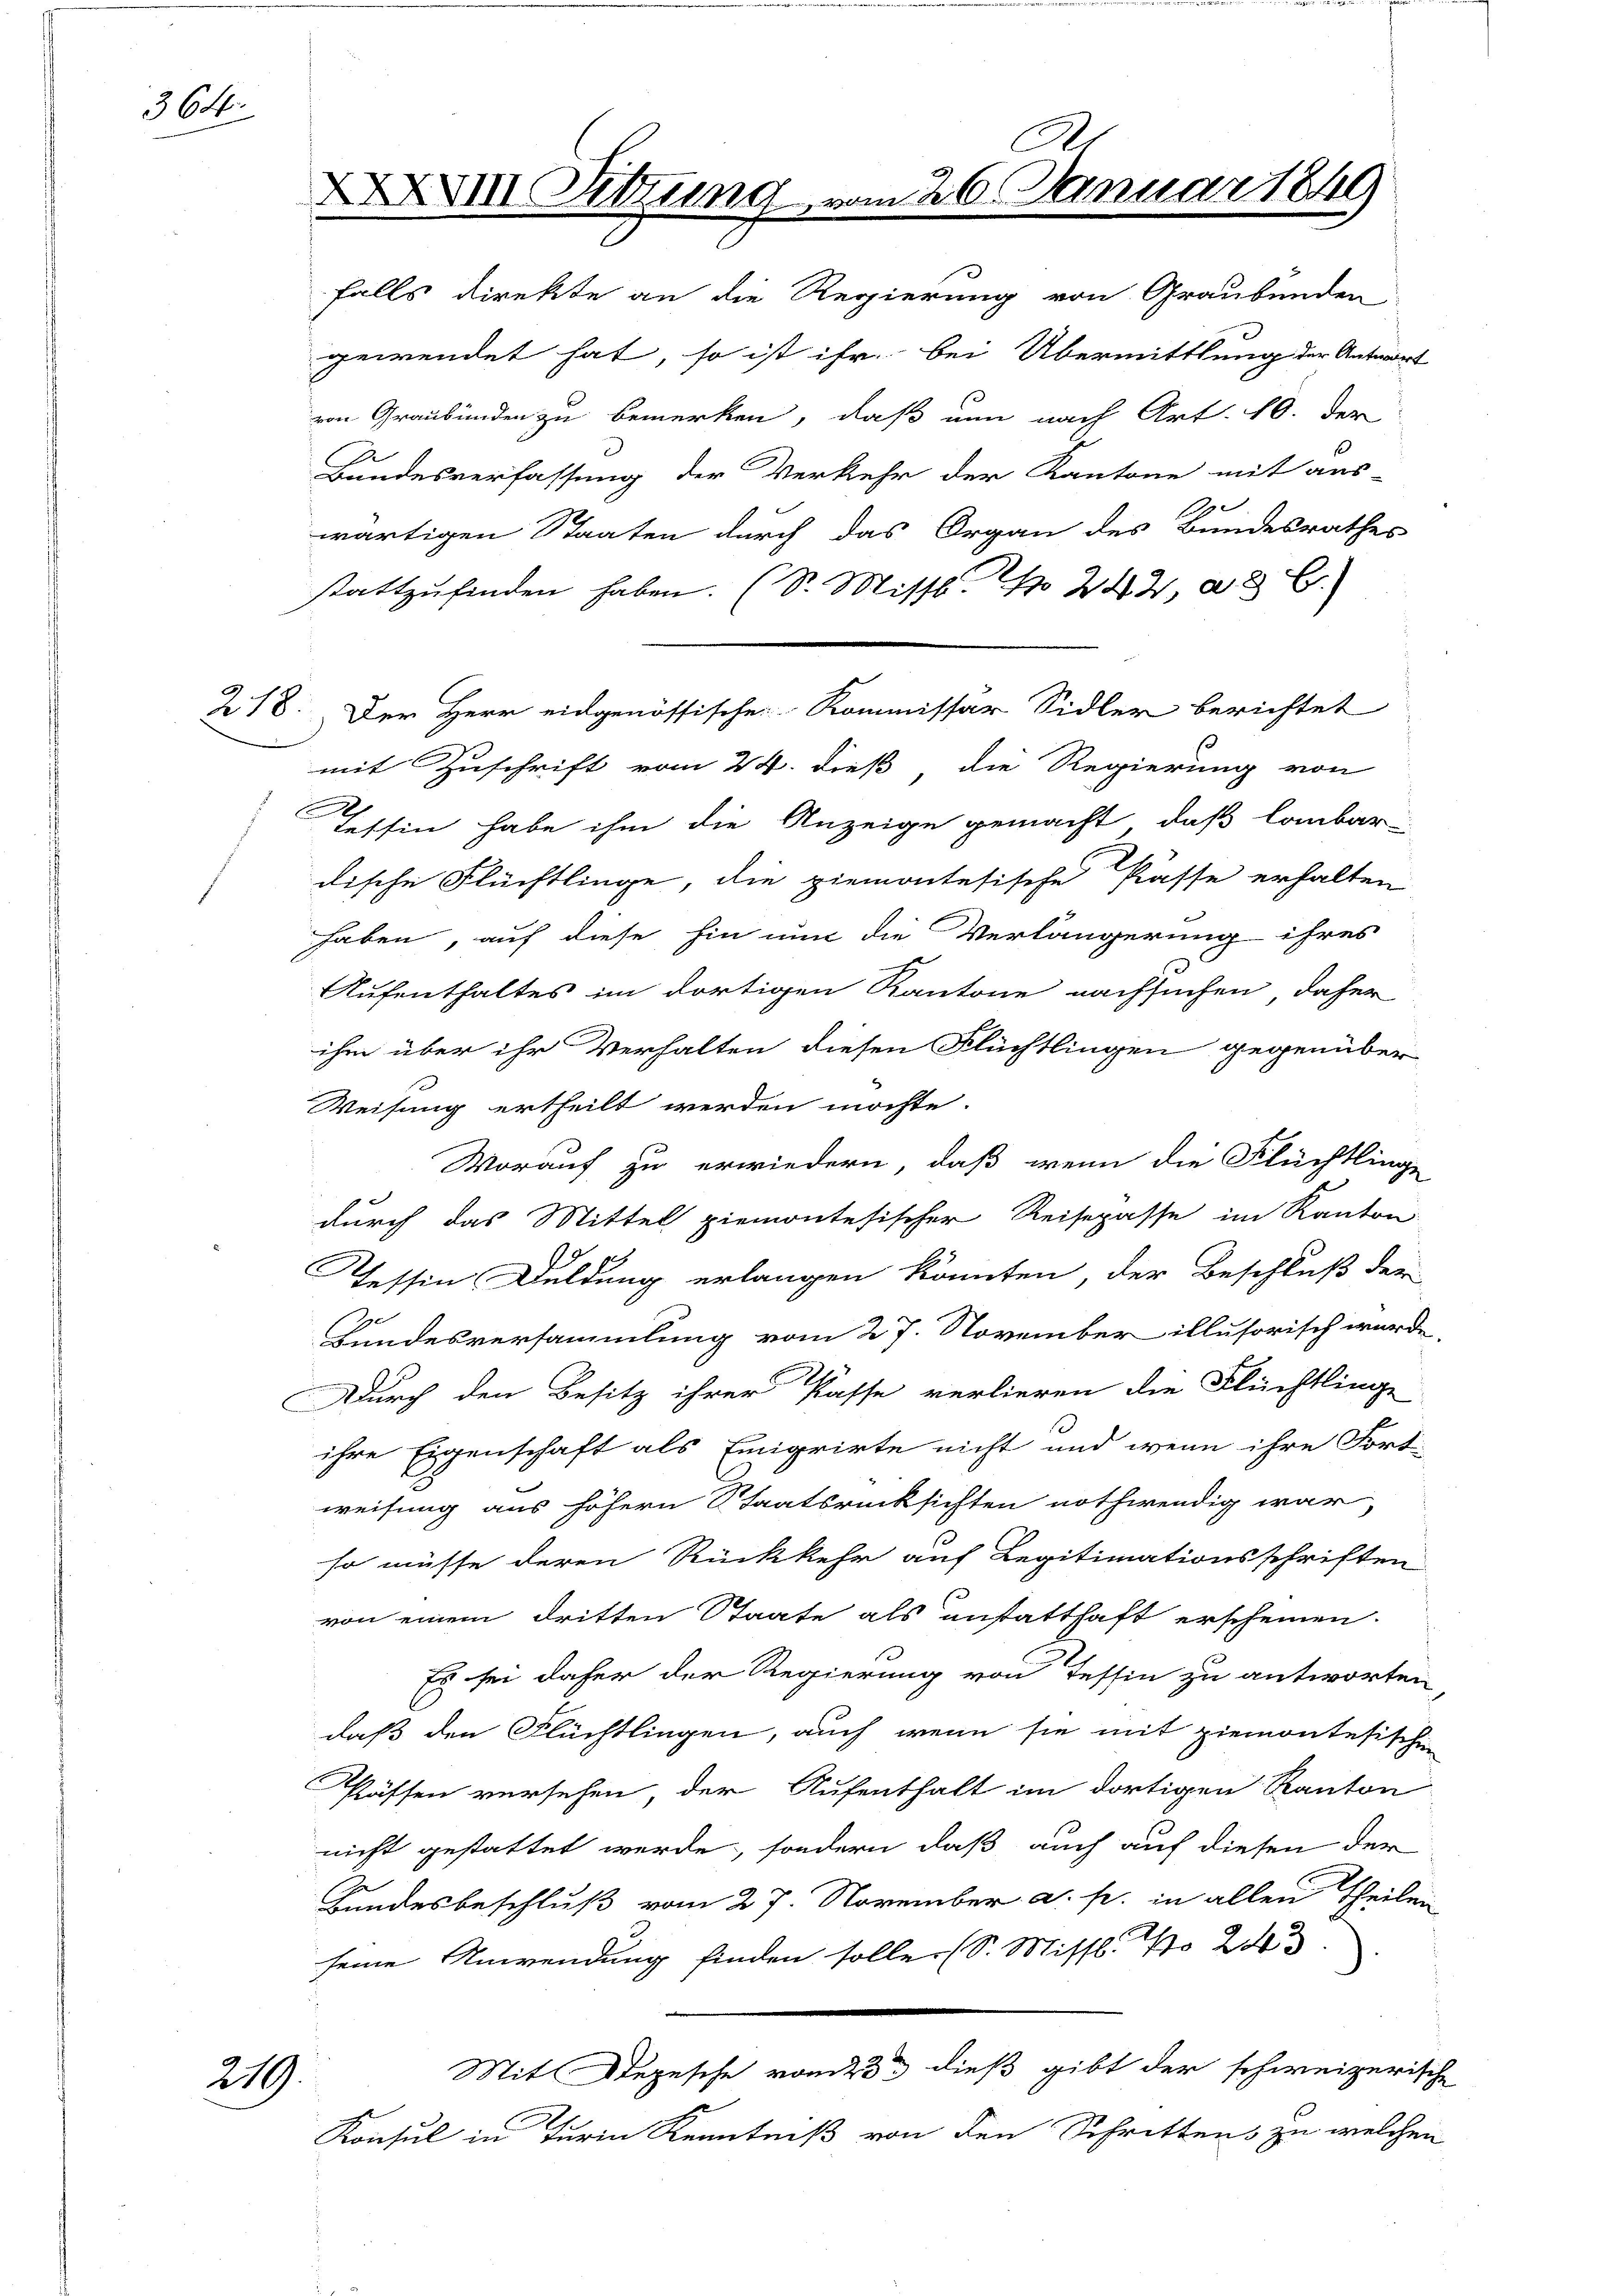
364.

218.

219.

XVII Sitzung

falls direkte an die Regierung von Graubünden
gewendet hat, so ist ihr bei Übermittlung der Antwort
von Graubünden zu bemerken, daß nun nach Art. 10. der
Bundesverfassung der Verkehr der Kantone mit aus
wärtigen Staaten durch das Organ des Bundesrathes
stattzufinden haben. (Dr. Missl. 244, 2 E
mit Zuschrift vom 24. dieß die Regierung von
Tessin habe ihm die Anzeige gemacht, daß laubar
dische Flüchtlinge, die ziemontesische Kasse erhalten
haben, auf diese hin nun die Verlängerung ihres
Aufenthaltes im dortigen Kantone nachsuchen, daher
ihm über ihr Verhalten diesen Flüchtlingen gegenüber
Weisung ertheilt werden möchte.
Worauf zu erwiedern, daß wenn die Flüchtlinge
durch das Mittel piemontesischer Reisepasse im Kanton
Tessin Duldung erlangen könnten, der Beschluß der
Bundesversammlung vom 27. November illusorisch wurde,
Durch den Besitz ihrer Pässe verlieren die Flüchtlinge
ihre Eigenschaft als Emigrirte nicht und wenn ihre Fort-
weisung aus höhern Staatsrücksichten nothwendig war,
so müsse deren Rückkehr auf Legitimationsschriften
von einem dritten Staate als anstatthaft erscheinen.
Es sei daher der Regierung von Tessin zu antworten
daß den Flüchtlingen, auch wenn sie mit ziemontesischen
Pässen versehen der Aufenthalt im dortigen Kanton
nicht gestattet werde, sondern daß auch auf diesen der
Bundesbeschluß vom 27. November a. p. in allen Theilen
seine Anwendung finden solle. (S. Missl No 2
Mit Depesche vom 23. dieß gibt der schweizerische
Konsul in Turin Kenntniß von den Schrittens zu welchen

Der Herr eidgenössische Kommissar Sidler berichtet

m 26. Januar 1849